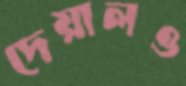
দেয়ালও